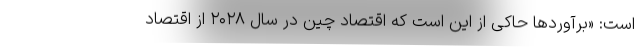
است: «برآوردها حاکی از این است که اقتصاد چین در سال ۲۰۲۸ از اقتصاد